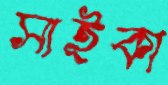
সাইকা